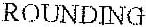
ROUNDING